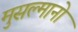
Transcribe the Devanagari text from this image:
मुसल्मानो